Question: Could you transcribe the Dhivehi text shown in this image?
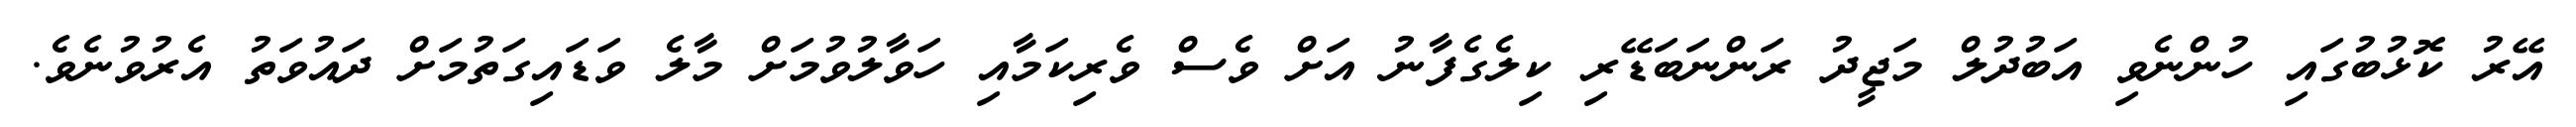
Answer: އޭރު ކޮޅުބުގައި ހުންނެވި އަބުދުލް މަޖީދު ރަންނަބަޑޭރި ކިލެގެފާނު އަށް ވެސް ވެރިކަމާއި ހަވާލުވުމަށް މާލެ ވަޑައިގަތުމަށް ދައުވަތު އެރުވުނެވެ.